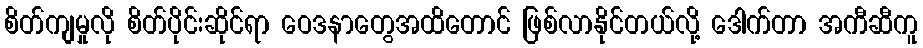
စိတ်ကျမှုလို စိတ်ပိုင်းဆိုင်ရာ ဝေဒနာတွေအထိတောင် ဖြစ်လာနိုင်တယ်လို့ ဒေါက်တာ အကီဆီကူ